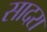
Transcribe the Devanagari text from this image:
सादरा